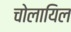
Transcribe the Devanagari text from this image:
चोलायिल